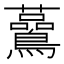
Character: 𧅧